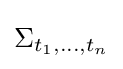
\textstyle \Sigma _{t_{1},\dots ,t_{n}}